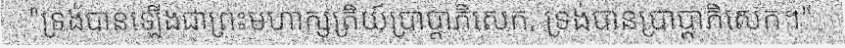
"ទ្រង់បានឡើងជាព្រះមហាក្សត្រិយ៍ប្រាប្តាភិសេក, ទ្រង់បានប្រាប្តាភិសេក។"